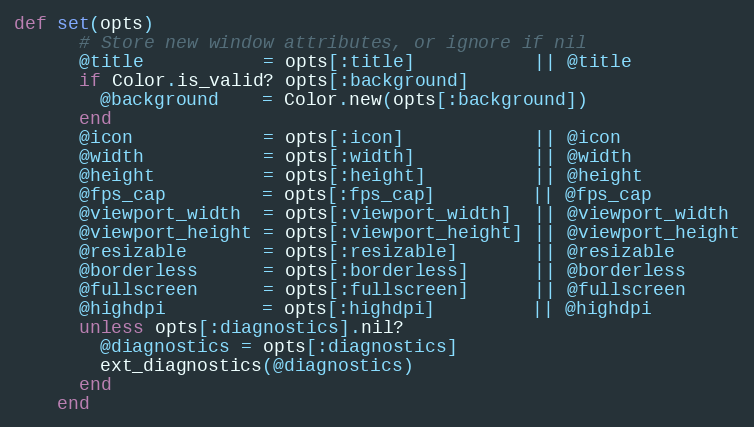
Language: Ruby
def set(opts)
      # Store new window attributes, or ignore if nil
      @title           = opts[:title]           || @title
      if Color.is_valid? opts[:background]
        @background    = Color.new(opts[:background])
      end
      @icon            = opts[:icon]            || @icon
      @width           = opts[:width]           || @width
      @height          = opts[:height]          || @height
      @fps_cap         = opts[:fps_cap]         || @fps_cap
      @viewport_width  = opts[:viewport_width]  || @viewport_width
      @viewport_height = opts[:viewport_height] || @viewport_height
      @resizable       = opts[:resizable]       || @resizable
      @borderless      = opts[:borderless]      || @borderless
      @fullscreen      = opts[:fullscreen]      || @fullscreen
      @highdpi         = opts[:highdpi]         || @highdpi
      unless opts[:diagnostics].nil?
        @diagnostics = opts[:diagnostics]
        ext_diagnostics(@diagnostics)
      end
    end